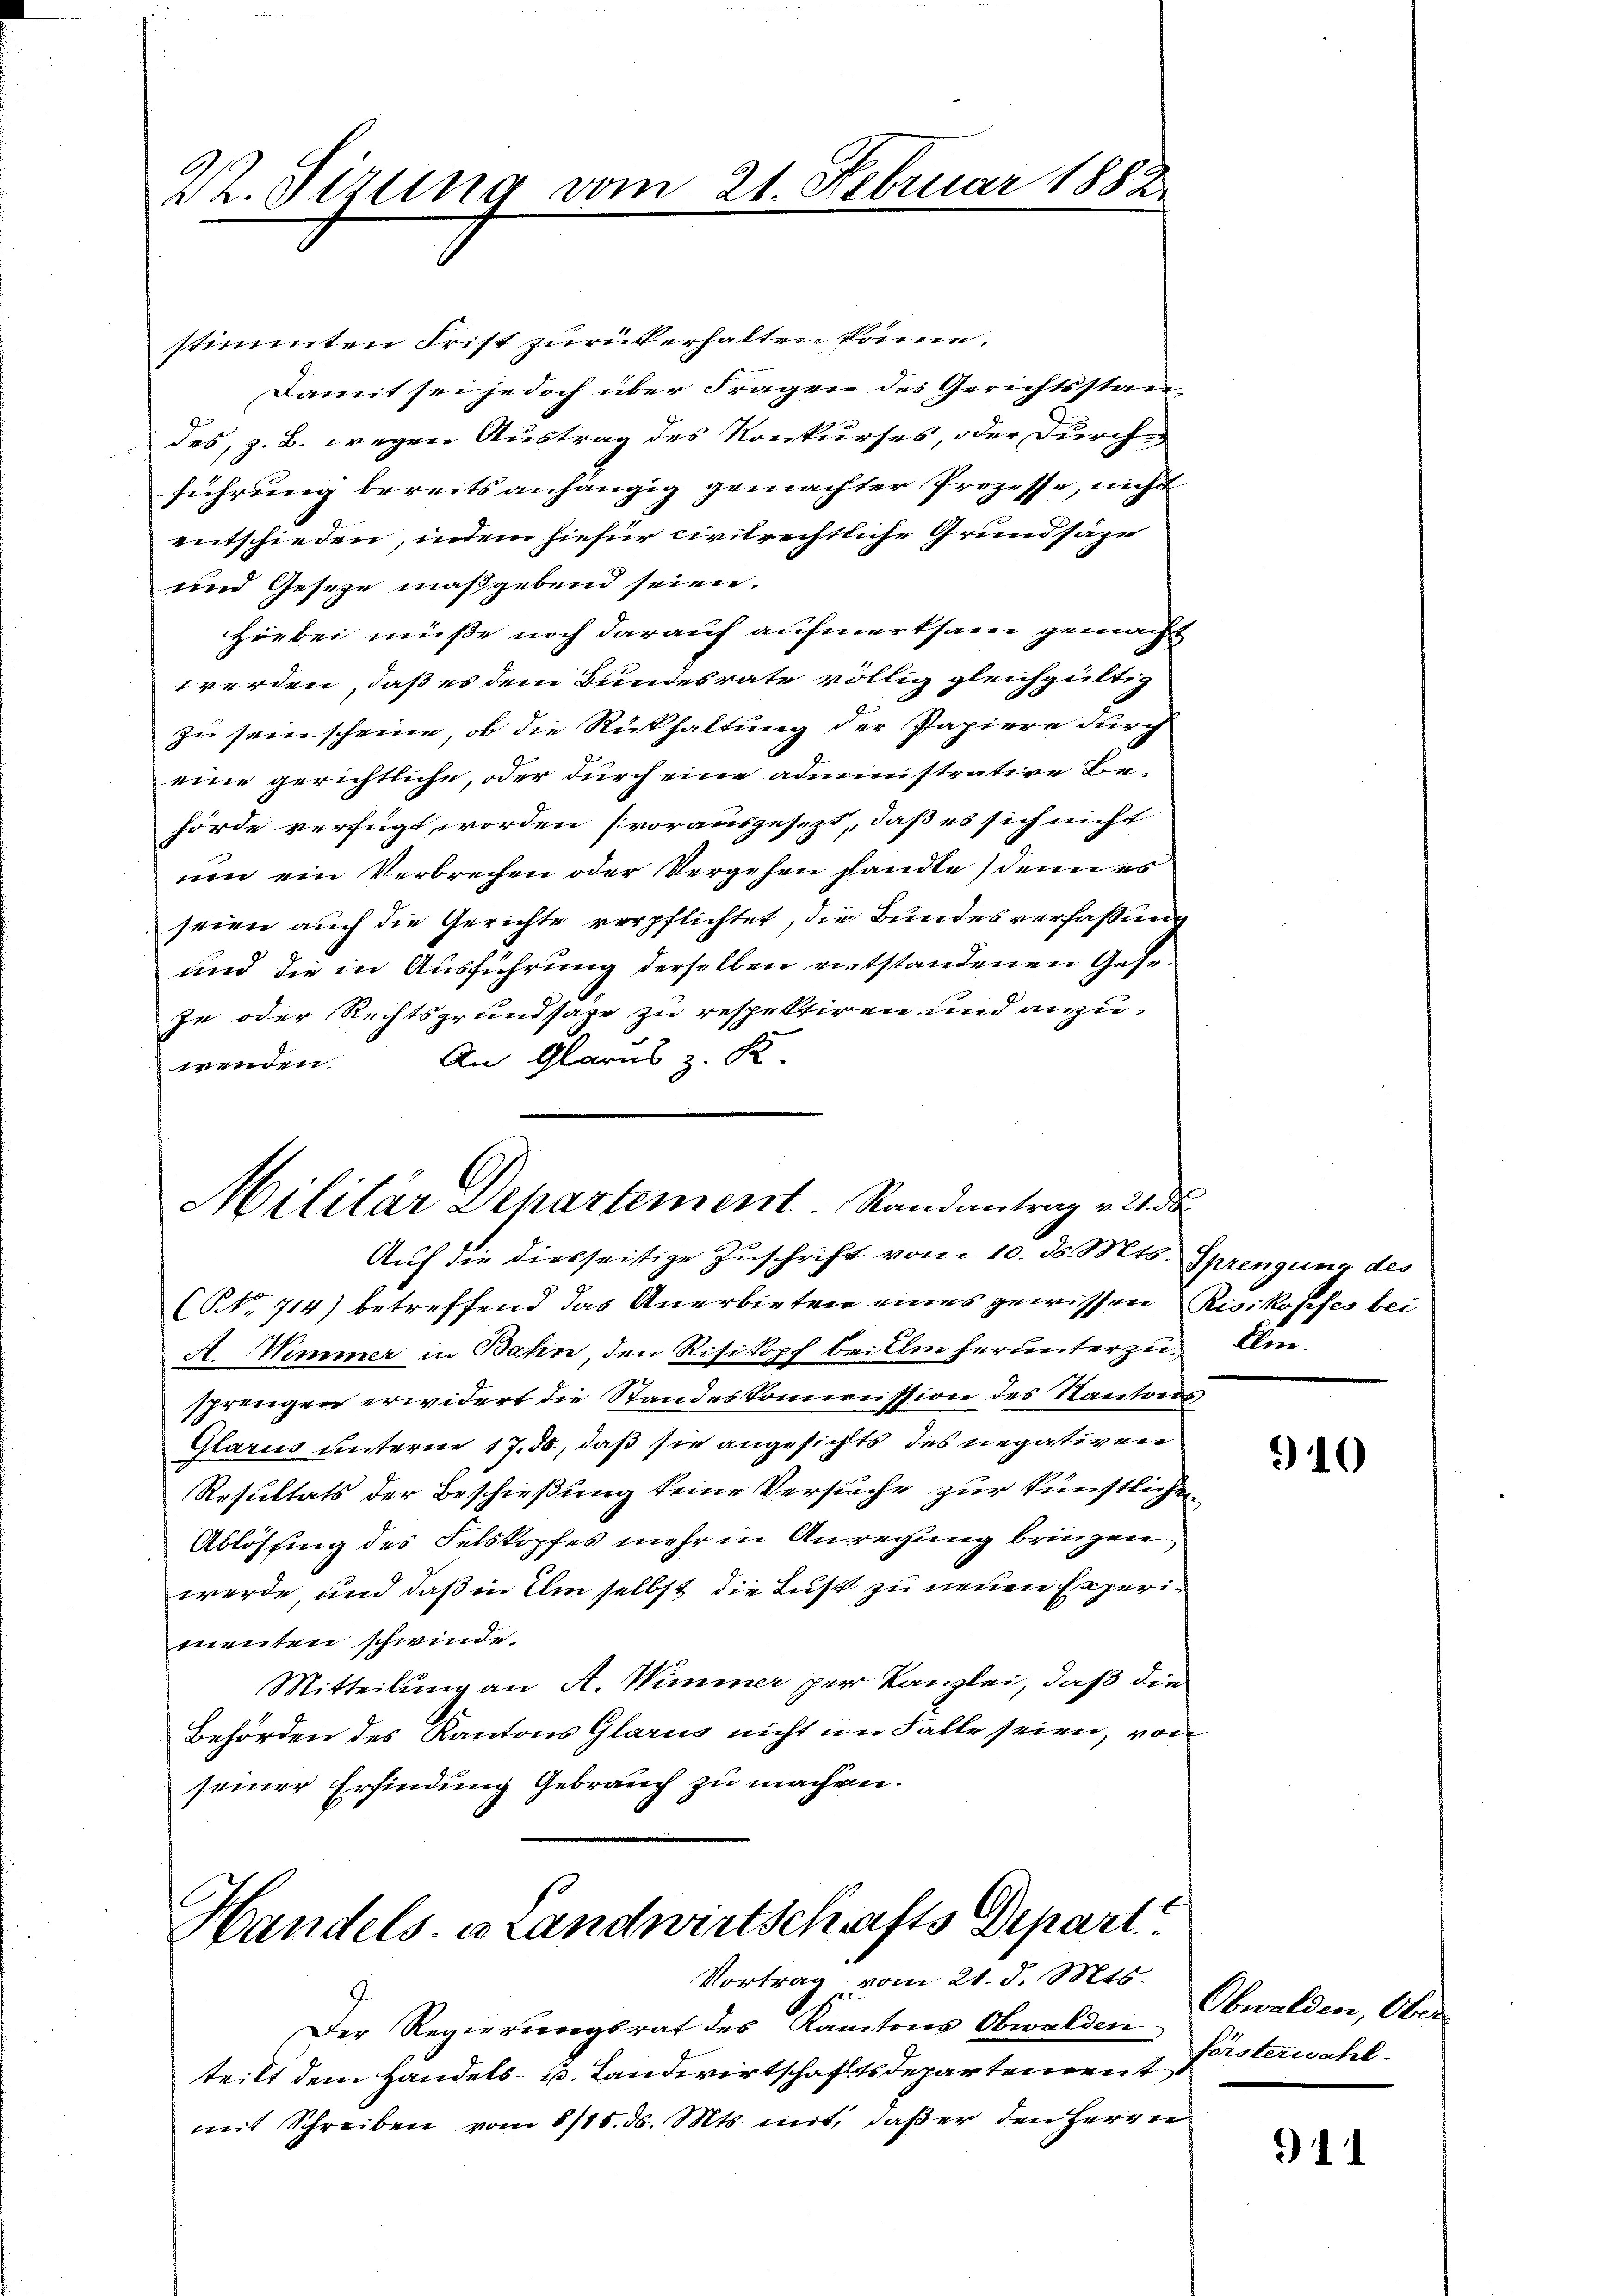
22. Sitzung vom 21. Februar 1882

stimmten Frist zurükerhalten könne.
Damit sei jedoch über Fragen des Gerichtsstandes, z. B. wegen Austrag des Konkurses, oder Durch
führung bereits anhängig gemachter Prozesse, nicht
entschieden, indem hiefür civilrechtliche Grundsaze
und Geseze maßgebend seien.
Hiebei müße noch darauf aufmerksam gemacht
werden, daß es dem Bundesrate völlig gleichgültig
zu sein scheine, ob die Rückhaltung der Papiere durch
eine gerichtliche, oder durch eine administrative Behörde verfügt worden (vorausgesezt, daß es sich nicht
ren ein Verbrechen oder Vergehen sandte denn es
seien auch die Gerichte verpflichtet, die Bundesverfaßung
und die in Ausführung derselben entstandenen Gese¬
Je oder Rechtsgrundsaze zu respektiren und anzu¬
An Glarus z. K
wenden.

Militär Departement. Randantrag v. 21. da
Auf die diesseitige Zuschrift vom 10. ds. Mts. Sprengung des

(NNo. 714) betreffend das Anerbieten eines gewissen Risikopfes bei
A. Wimmer in Bahn, den Risikopf beim herunterzu¬ Amsprengen erwidert die Standeskommission des Kantons
Glarus unterm 17. ds, daß sie angesichts des negativen
Resultats der Beschießung keine Versuche zur künstlichen
Ablössing des Felskopfes mehr in Anregung bringen,
werde und daß in Um selbst die Lust zu neuen Experimenten schwinde.
Mitteilung an A. Wimmer per Kanzlei, daß die
Behörden des Kantons Glarus nicht im Falle seien, von
seiner Erfindung Gebrauch zu machen.

Handels- u Landwirtschafts Depart
Vortrag vom 21. d. Mts.

Der Regierungsrat des Kantons Obwalden
teilt dem Handels- u. Landwirtschaftsdepartement
mit Schreiben vom 8/15. ds. Mts. mit, daß er den Herrn

910

Obwalden, Ober
Forsterwahl.

911